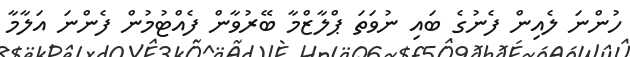
ހުންނަ ލެއިން ފެނުގެ ބައި ނުވަތަ ޕްލާޒްމާ ބޭރުވާން ފެއްޓުމުން ފެންނަ އަލާމާ